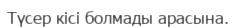
Түсер кісі болмады арасына.